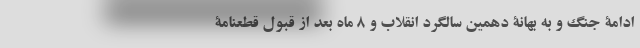
ادامۀ جنگ و به بهانۀ دهمین سالگرد انقلاب و 8 ماه بعد از قبول قطعنامۀ